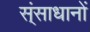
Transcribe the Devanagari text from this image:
स्ंसाधानों